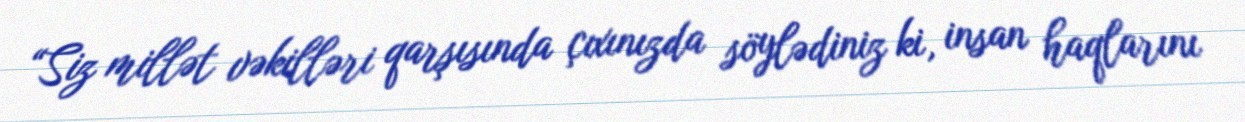
“Siz millət vəkilləri qarşısında çıxınızda söylədiniz ki, insan haqlarını